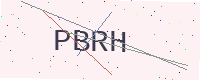
Text: PBRH